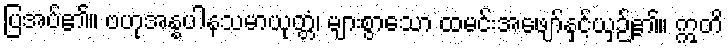
ပြအပ်၏။ ဗဟုအန္နပါနသမာယုတ္တံ၊ များစွာသော ထမင်းအဖျော်နှင့်ယှဉ်၏။ ဣတိ